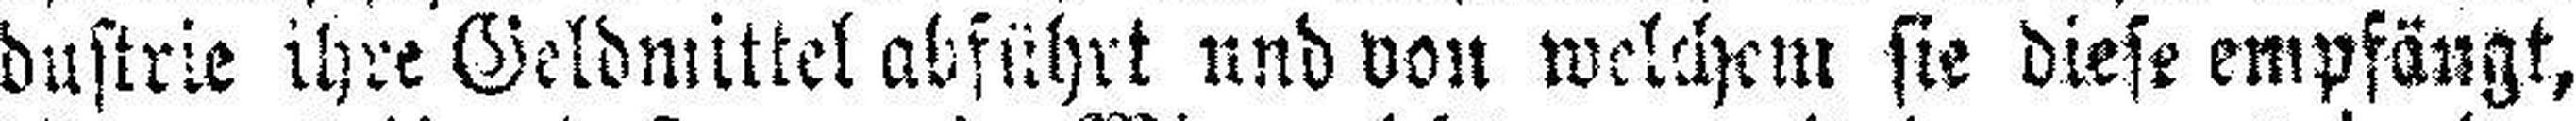
dustrie ihre Geldmittel abführt und von welchem sie diese empfängt,